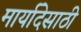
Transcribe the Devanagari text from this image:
मार्यादेसाठी